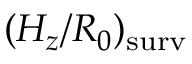
( H _ { z } / R _ { 0 } ) _ { \mathrm { s u r v } }